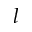
l